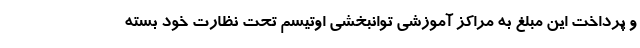
و پرداخت این مبلغ به مراکز آموزشی توانبخشی اوتیسم تحت نظارت خود بسته